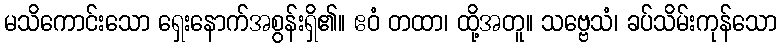
မသိကောင်းသော ရှေးနောက်အစွန်းရှိ၏။ ဧဝံ တထာ၊ ထို့အတူ။ သဗ္ဗေသံ၊ ခပ်သိမ်းကုန်သော